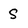
Character: S